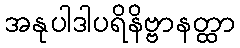
အနုပါဒါပရိနိဗ္ဗာနတ္ထာ